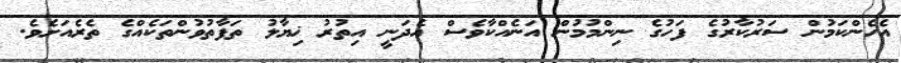
އެހެންކަމުން ސަރުކާރުގެ ފަހުގެ ނިންމުމުން އަނެއްކާވެސް އެދަނީ އިތުރު ޚިޔާލު ތަފާތުވުންތަކެއްގެ ތެރެއަށެވެ.